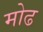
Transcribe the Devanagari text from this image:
मोढ